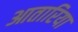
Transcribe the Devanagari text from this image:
आतारिया